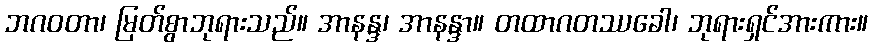
ဘဂဝတာ၊ မြတ်စွာဘုရားသည်။ အာနန္ဒ၊ အာနန္ဒာ။ တထာဂတဿခေါ၊ ဘုရားရှင်အားကား။